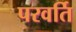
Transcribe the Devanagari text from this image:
परवर्ति